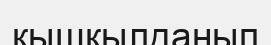
қышқылданып